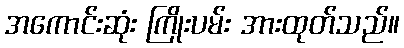
အကောင်းဆုံး ကြိုးပမ်း အားထုတ်သည်။